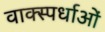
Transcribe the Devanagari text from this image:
वाक्स्पर्धाओं